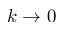
k \rightarrow 0